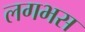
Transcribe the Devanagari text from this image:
लगभस